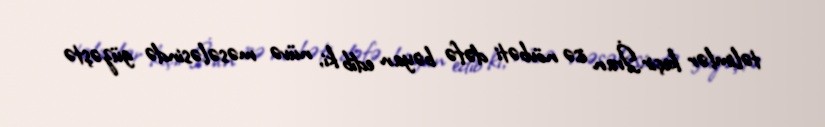
təlimlər keçir.İran isə növbəti dəfə bəyan edib ki, nüvə məsələsində güzəştə